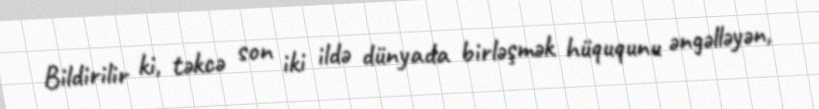
Bildirilir ki, təkcə son iki ildə dünyada birləşmək hüququnu əngəlləyən,